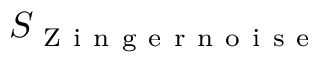
S _ { \mathrm { ~ Z ~ i ~ n ~ g ~ e ~ r ~ n ~ o ~ i ~ s ~ e ~ } }